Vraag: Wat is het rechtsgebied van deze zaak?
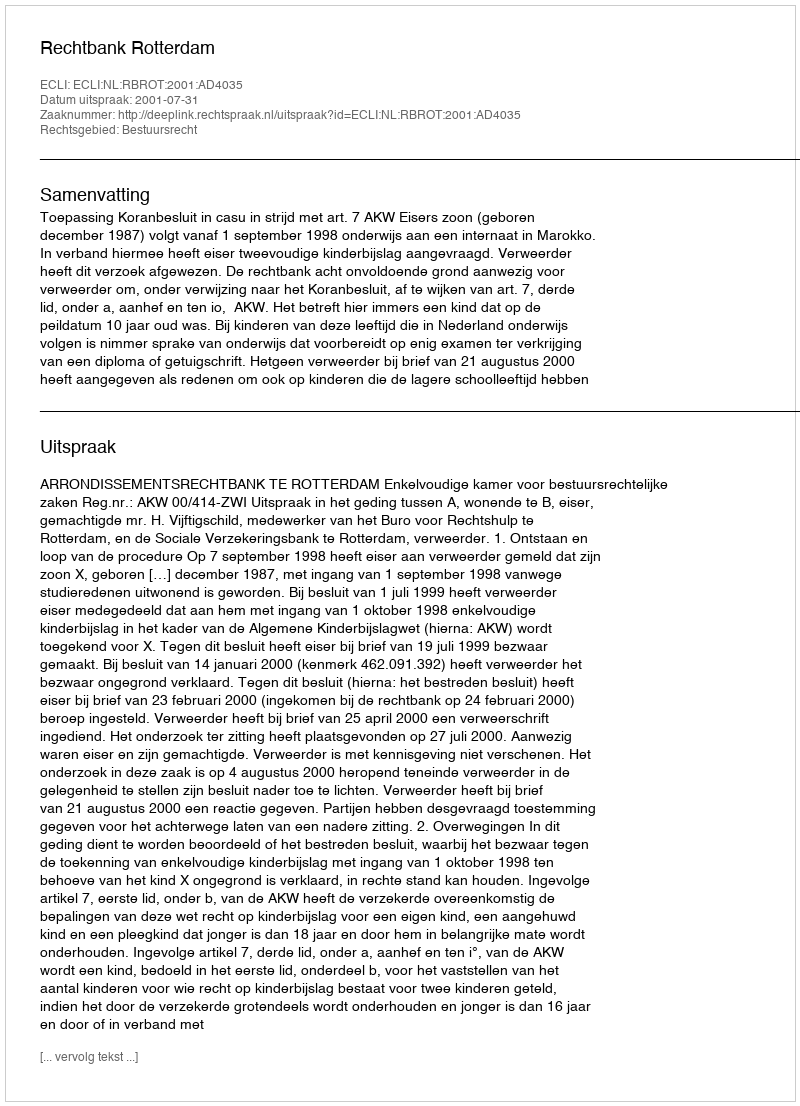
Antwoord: Bestuursrecht